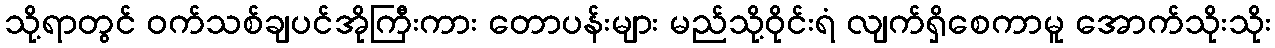
သို့ရာတွင် ဝက်သစ်ချပင်အိုကြီးကား တောပန်းများ မည်သို့ဝိုင်းရံ လျက်ရှိစေကာမူ အောက်သိုးသိုး